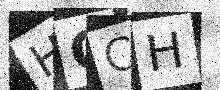
Text: HOCH